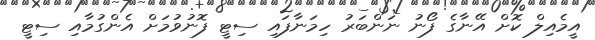
އީމެއިލް ކޮށް އޭނާގެ ފޯނު ނަންބަރު ހިމަނާފައި ސިޓީ ފޮނުވުމަށް އެންގުމާއި ސިޓީ